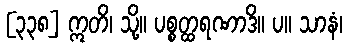
[၃၃၈] ဣတိ၊ သို့။ ပစ္စတ္ထရဏာဒိ။ ပ။ သာနံ၊